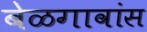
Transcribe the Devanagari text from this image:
बेळगावांस